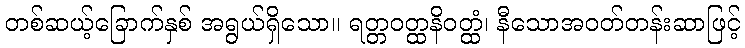
တစ်ဆယ့်ခြောက်နှစ် အရွယ်ရှိသော။ ရတ္တဝတ္ထနိဝတ္ထံ၊ နီသောအဝတ်တန်းဆာဖြင့်